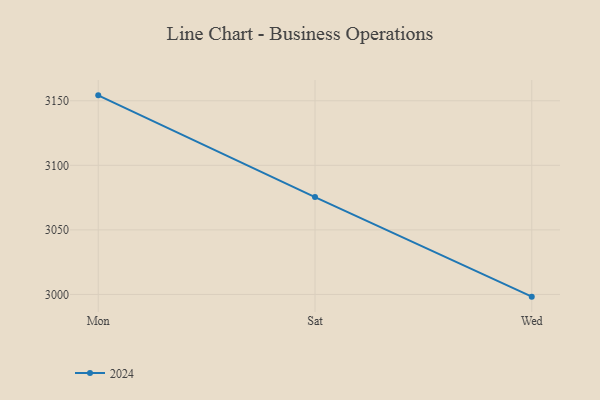
{"axis": {"x": "Day", "y": "Page Views"}, "legend": ["2024"], "data": [{"x": "Mon", "y": 3154.2, "type": "2024"}, {"x": "Sat", "y": 3075.4, "type": "2024"}, {"x": "Wed", "y": 2998.3, "type": "2024"}]}